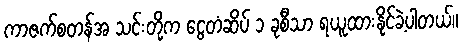
ကာဇက်စတန်အ သင်းတို့က ငွေတံဆိပ် ၁ ခုစီသာ ရယူထားနိုင်ခဲ့ပါတယ်။